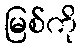
မြစ်ကို